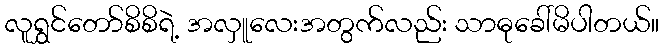
လူရွှင်တော်စိစိရဲ့ အလှူလေးအတွက်လည်း သာဓုခေါ်မိပါတယ်။